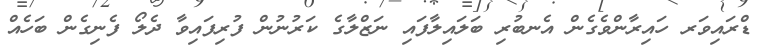
ޑްރައިވަރ ހައިރާންވެގެން އެނބުރި ބަލައިލާފައި ނަޒްލާގެ ކަރުނުން ފުރިފައިވާ ދެލޯ ފެނިގެން ބަހެއް